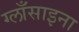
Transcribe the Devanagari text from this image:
ग्लाँसाइना